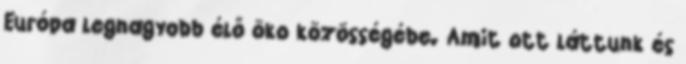
Európa legnagyobb élő öko közösségébe. Amit ott láttunk és